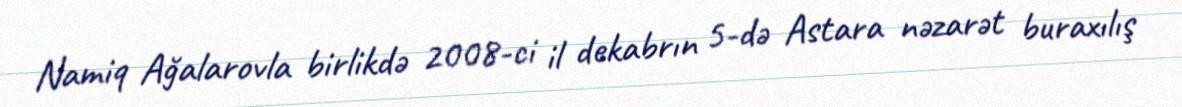
Namiq Ağalarovla birlikdə 2008-ci il dekabrın 5-də Astara nəzarət buraxılış